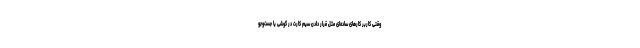
وقتی کاربر کارهای ساده‌ای مثل قرار دادن سیم‌ کارت در گوشی یا جست‌و‌جو